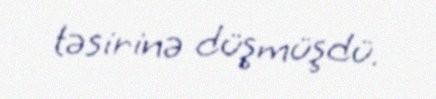
təsirinə düşmüşdü.